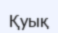
Қуық